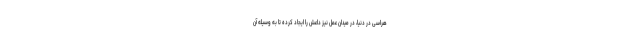
هراسی در دنیا، در میدان عمل نیز داعش را ایجاد کرده تا به وسیله آن